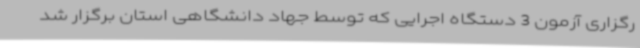
رگزاری آزمون 3 دستگاه اجرایی که توسط جهاد دانشگاهی استان برگزار شد